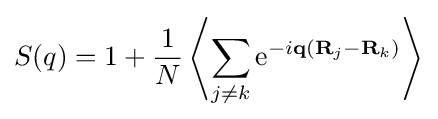
S(q)=1+{\frac {1}{N}}\left\langle \sum _{j\neq k}\mathrm {e} ^{-i\mathbf {q} (\mathbf {R} _{j}-\mathbf {R} _{k})}\right\rangle